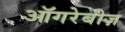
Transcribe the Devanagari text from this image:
ऑगरेबीज़